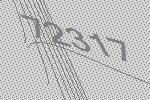
72317